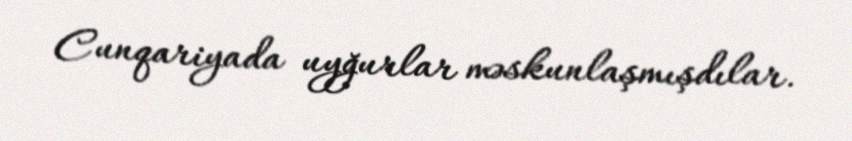
Cunqariyada uyğurlar məskunlaşmışdılar.